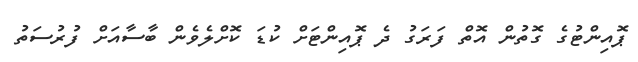
ޕޮއިންޓުގެ ގޮތުން އޮތް ފަރަގު ދެ ޕޮއިންޓަށް ކުޑަ ކޮށްލެވެން ބާސާއަށް ފުރުސަތު